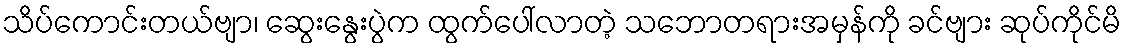
သိပ်ကောင်းတယ်ဗျာ၊ ဆွေးနွေးပွဲက ထွက်ပေါ်လာတဲ့ သဘောတရားအမှန်ကို ခင်ဗျား ဆုပ်ကိုင်မိ